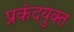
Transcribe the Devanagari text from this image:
प्रकंदयुक्त